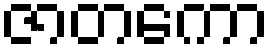
ဇာတကော